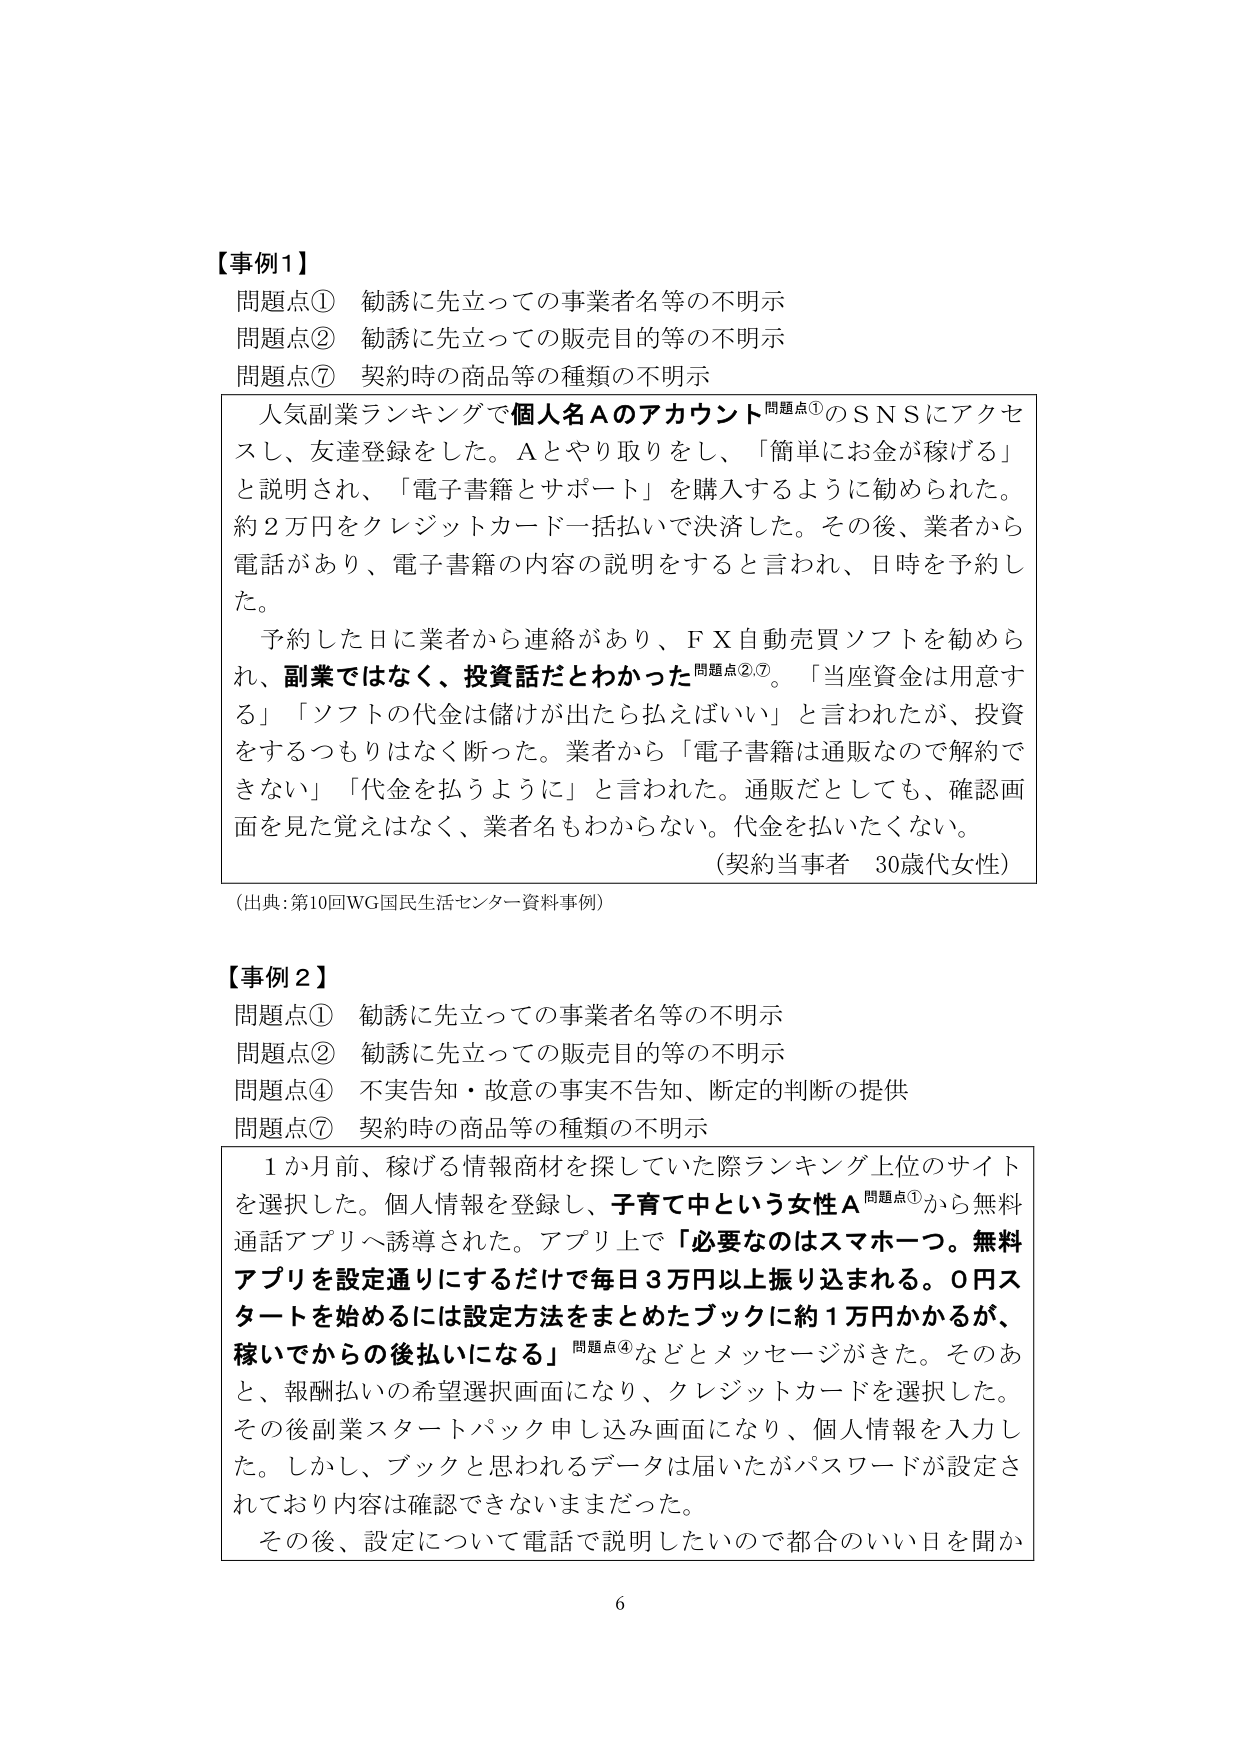
【事例1】
問題点① 勧誘に先立っての事業者名等の不明示
問題点② 勧誘に先立っての販売目的等の不明示
問題点⑦ 契約時の商品等の種類の不明示

人気副業ランキングで個人名Aのアカウント問題点①のＳＮＳにアクセスし、友達登録をした。Aとやり取りをし、「簡単にお金が稼げる」と説明され、「電子書籍とサポート」を購入するように勧められた。約2万円をクレジットカード一括払いで決済した。その後、業者から電話があり、電子書籍の内容の説明をすると言われ、日時を予約した。

予約した日に業者から連絡があり、ＦＸ自動売買ソフトを勧められ、副業ではなく、投資話だとわかった問題点②⑦。「当座資金は用意する」「ソフトの代金は儲けが出たら払えばいい」と言われたが、投資をするつもりはなく断った。業者から「電子書籍は通販なので解約できない」「代金を払うように」と言われた。通販だとしても、確認画面を見た覚えはなく、業者名もわからない。代金を払いたくない。
（契約当事者 30歳代女性）

（出典：第10回WG国民生活センター資料事例）

【事例2】
問題点① 勧誘に先立っての事業者名等の不明示
問題点② 勧誘に先立っての販売目的等の不明示
問題点④ 不実告知・故意の事実不告知、断定的判断の提供
問題点⑦ 契約時の商品等の種類の不明示

1か月前、稼げる情報商材を探していた際ランキング上位のサイトを選択した。個人情報を登録し、子育て中という女性A問題点①から無料通話アプリへ誘導された。アプリ上で「必要なのはスマホ一つ。無料アプリを設定通りにするだけで毎日3万円以上振り込まれる。0円スタートを始めるには設定方法をまとめたブックに約1万円かかるが、稼いでからの後払いになる」問題点④などとメッセージがきた。そのあと、報酬払いの希望選択画面になり、クレジットカードを選択した。その後副業スタートパック申し込み画面になり、個人情報を入力した。しかし、ブックと思われるデータは届いたがパスワードが設定されており内容は確認できないままだった。
その後、設定について電話で説明したいので都合のいい日を聞か

6